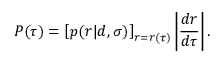
P ( \tau ) = \left[ p ( r | d , \sigma ) \right] _ { r = r ( \tau ) } \left\vert \frac { d r } { d \tau } \right\vert .